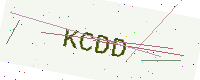
Text: KCDD